Indian Medical Review
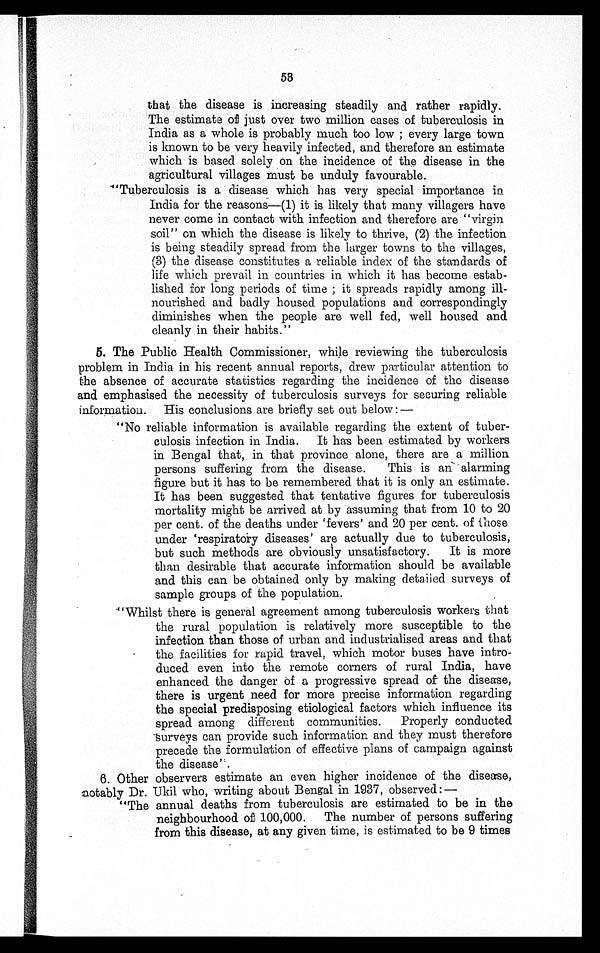
53
that the disease is increasing steadily and rather rapidly.
The estimate of just over two million cases of tuberculosis in
India as a whole is probably much too low ; every large town
is known to be very heavily infected, and therefore an estimate
which is based solely on the incidence of the disease in the
agricultural villages must be unduly favourable.
" T u b e r c u l o s i s i s a d i s e a s e w h i c h h a s v e r y s p e c i a l i m p o r t a n c e i n
India for the reasons—(1) it is likely that many villagers have
never come in contact with infection and therefore are "virgin
soil" on which the disease is likely to thrive, (2) the infection
is being steadily spread from the larger towns to the villages,
(3) the disease constitutes a reliable index of the standards of
life which prevail in countries in which it has become estab-
lished for long periods of time ; it spreads rapidly among ill-
nourished and badly housed populations and correspondingly
diminishes when the people are well fed, well housed and
cleanly in their habits."
5. The Public Health Commissioner, while reviewing the tuberculosis
problem in India in his recent annual reports, drew particular attention to
the absence of accurate statistics regarding the incidence of the disease
and emphasised the necessity of tuberculosis surveys for securing reliable
information. His conclusions are briefly set out below :—
"No reliable information is available regarding the extent of tuber-
culosis infection in India. It has been estimated by workers
in Bengal that, in that province alone, there are a million
persons suffering from the disease. This is an alarming
figure but it has to be remembered that it is only an estimate.
It has been suggested that tentative figures for tuberculosis
mortality might be arrived at by assuming that from 10 to 20
per cent. of the deaths under 'fevers' and 20 per cent. of those
under 'respiratory diseases' are actually due to tuberculosis,
but such methods are obviously unsatisfactory. It is more
than desirable that accurate information should be available
and this can be obtained only by making detailed surveys of
sample groups of the population.
" W h i l s t t h e r e i s g e n e r a l a g r e e m e n t a m o n g t u b e r c u l o s i s w o r k e r s t h a t
the rural population is relatively more susceptible to the
infection than those of urban and industrialised areas and that
the facilities for rapid travel, which motor buses have intro-
duced even into the remote corners of rural India, have
enhanced the danger of a progressive spread of the disease,
there is urgent need for more precise information regarding
the special predisposing etiological factors which influence its
spread among different communities. Properly conducted
surveys can provide such information and they must therefore
precede the formulation of effective plans of campaign against
the disease".
6. Other observers estimate an even higher incidence of the disease,
notably Dr. Ukil who, writing about Bengal in 1937, observed :—
"The annual deaths from tuberculosis are estimated to be in the
neighbourhood of 100,000. The number of persons suffering
from this disease, at any given time, is estimated to be 9 times